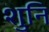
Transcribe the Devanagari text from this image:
शुनि